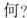
何?